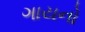
ગાયનો